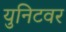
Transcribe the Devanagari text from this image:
युनिटवर